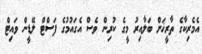
އެމެރިކާގެ ތާރީޚަށް ބަލާއިރު މީގެ ކުރިން ވެސް އެގައުމުގެ ފަސްޓް ލޭޑީން ވައިޓް